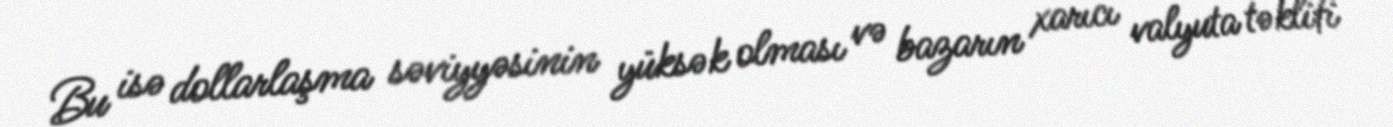
Bu isə dollarlaşma səviyyəsinin yüksək olması və bazarın xarıcı valyuta təklifi